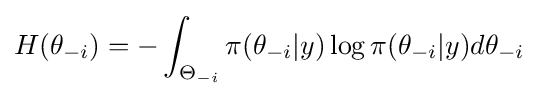
H(\theta _{-i})=-\int _{\Theta _{-i}}\pi (\theta _{-i}|y)\log \pi (\theta _{-i}|y)d\theta _{-i}